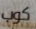
كوب